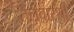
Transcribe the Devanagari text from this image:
तलवारशी